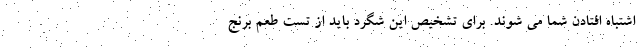
اشتباه افتادن شما می شوند. برای تشخیص این شگرد باید از تست طعم برنج